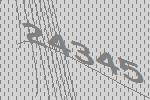
24345